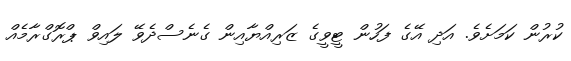
ކުރުން ކަމަށެވެ. އަދި އޭގެ ފަހުން ޓީވީގެ ޒަރިއްޔާއިން ގެނެސްދެވޭ ލައިވް ޕްރޮގްރާމެއް